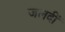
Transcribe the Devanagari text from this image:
जलदीं